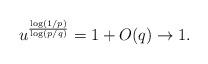
LaTeX: \begin{align*}u^{\frac{\log(1/p)}{\log(p/q)}} = 1 + O(q) \to 1.\end{align*}